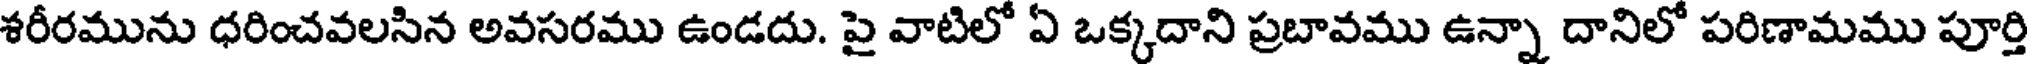
శరీరమును ధరించవలసిన అవసరము ఉండదు. పై వాటిలో ఏ ఒక్కదాని ప్రబావము ఉన్నా దానిలో పరిణామము పూర్తి